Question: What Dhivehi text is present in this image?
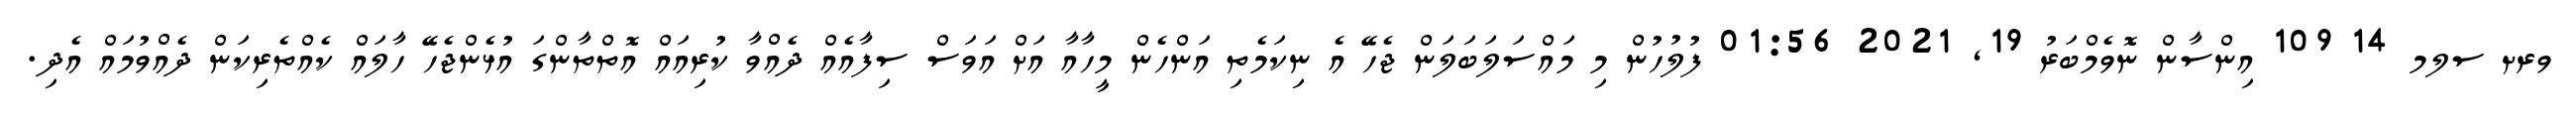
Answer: ވރށ ސލމ 14 109 އިންސާން ނޮވެމްބަރު 19, 2021 01:56 ފުލުހުން މި މައްސަލަބަލަން ޖެހޭ އެ ނިކަމެތި އަންހެން މީހާއާ އަށް އަވަސް ސިފާއެއް ދެއްވާ ކުރިއައް އޮތްތާންގަ އުޅެންޖެހޭ ހާލައް ކެއްތެރިކަން ދެއްވުމައް އެދި.